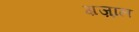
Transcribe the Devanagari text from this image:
ग़ज़्‍ाल